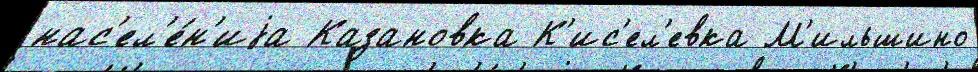
нас'ел'е́н'иjа Казановка К'ис'ел'евка М'ильшино